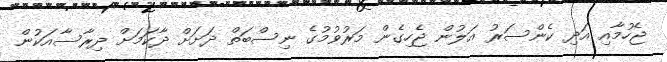
ޖެހުމާއި އަދި ކެންސަރު އަލުން ޖެހިގެން މަރުވުމުގެ ނިސްބަތް ދަށަށް ދާކަމަށް ދިރާސާއަކުން